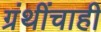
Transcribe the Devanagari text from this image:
ग्रंथींचाही